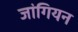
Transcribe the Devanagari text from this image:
जांगियन